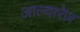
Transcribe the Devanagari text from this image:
आल्वारेज़